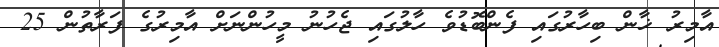
އާމިރު ޚާން ބިހާރުގައި ފެންބޮޑުވެ ހާލުގައި ޖެހުނު މީހުންނަށް އާމިރުގެ ފަރާތުން 25